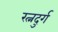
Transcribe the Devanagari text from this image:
रत्नदुर्ग